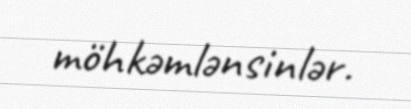
möhkəmlənsinlər.